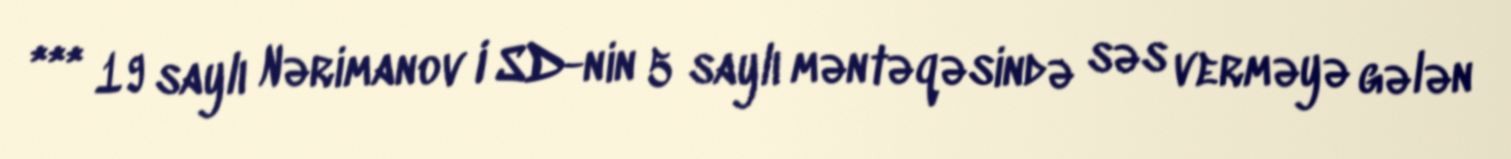
*** 19 saylı Nərimanov I SD-nin 5 saylı məntəqəsində səs verməyə gələn